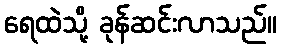
ရေထဲသို့ ခုန်ဆင်းလာသည်။